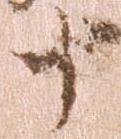
十